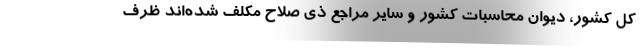
کل کشور، دیوان محاسبات کشور و سایر مراجع ذی صلاح مکلف شده‌اند ظرف